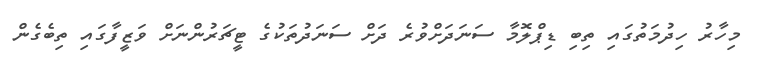
މިހާރު ހިދުމަތުގައި ތިބި ޑިޕްލޮމާ ސަނަދަށްވުރެ ދަށް ސަނަދުތަކުގެ ޓީޗަރުންނަށް ވަޒީފާގައި ތިބެގެން